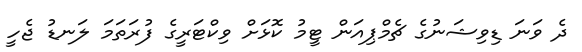
ދެ ވަނަ ޑިވިޝަނުގެ ޗެމްޕިއަން ޓީމު ކޮޅަށް ވިކްޓަރީގެ ފުރަތަމަ ލަނޑު ޖެހީ